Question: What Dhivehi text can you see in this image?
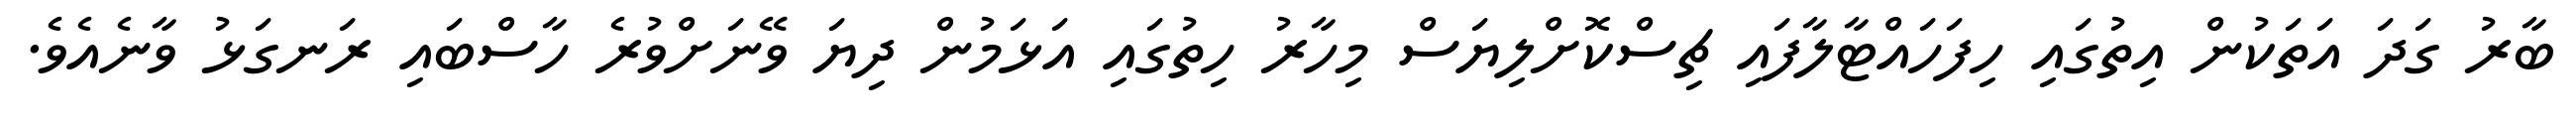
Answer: ބާރު ގަދަ އަތަކުން އިތުގައި ހިފަހައްޓާލާފައި ޗިސްކޮށްލިޔަސް މިހާރު ހިތުގައި އަޅަމުން ދިޔަ ވޭނަށްވުރެ ހާސްބައި ރަނގަޅު ވާނެއެވެ.